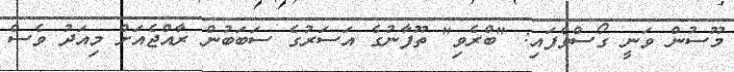
މޫސުން ވަނީ ގޯސްވެފައި: "ބްރެވި" ތޫފާނުގެ އަސަރުގެ ސަބަބުން ރާއްޖެއަށް މިއަދު ވެސް